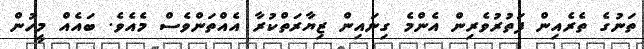
ތަނުގެ ތެރެއިން ފަތުރުވެރިން އެންމެ ގިނައިން ޒިޔާރަތްކުރާ އެއްތަންވެސް މެއެވެ. ބައެއް މީހުން